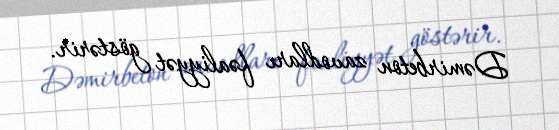
Dəmirbeton zavodları fəaliyyət göstərir.